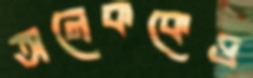
অনেককেও